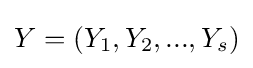
Y=(Y_{1},Y_{2},...,Y_{s})